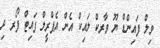
ވިލް ފައިންޑް ޔޫ ވާރކް ލައިކް އެން އެޕްރީލް ފައިޓް ފޯރ ދި